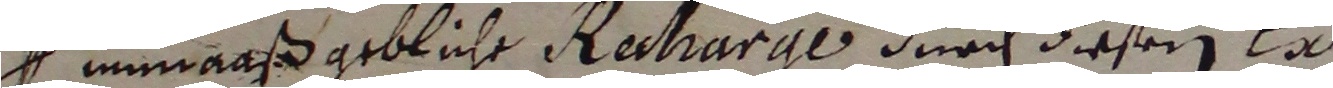
I unnaaß gebliche Retrarge durch diesem er